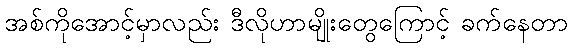
အစ်ကိုအောင့်မှာလည်း ဒီလိုဟာမျိုးတွေကြောင့် ခက်နေတာ